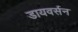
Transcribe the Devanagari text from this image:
डायवर्सन